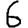
Digit: 6